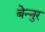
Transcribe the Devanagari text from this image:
बेन्नुर